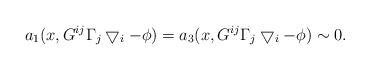
\begin{align*}a_1(x, G^{ij}\Gamma_j\bigtriangledown_i -\phi)=a_3(x, G^{ij}\Gamma_j\bigtriangledown_i -\phi) \sim0.\end{align*}